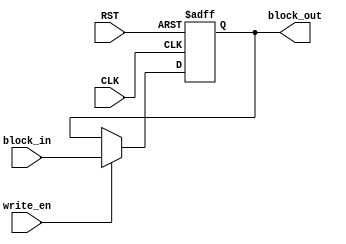
//-------------------------------------------------------------------------------------------------//
//  Project		: SHA-2																		       //
//  Description	: Block Memory for SHA256 			    		                                   //
//  Referents	: none.																		       //
//-------------------------------------------------------------------------------------------------//

module mem_save_block_320(
						input	wire				CLK,
						input	wire				RST,
						input	wire				write_en,
						input	wire 	[319:0]		block_in,
						output	wire	[319:0]		block_out
						);

	reg [319:0] block_out_reg;
	
	assign block_out = block_out_reg;
	always @(posedge CLK or negedge RST) 
	begin: update_event
		if(RST == 1'b0) begin
			block_out_reg <= 320'b0;
		end
		else begin
			if(write_en == 1'b1) begin
				block_out_reg <= block_in;
			end
		end
	end
endmodule